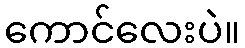
ကောင်လေးပဲ။